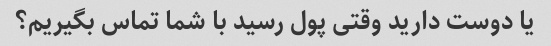
یا دوست دارید وقتی پول رسید با شما تماس بگیریم؟